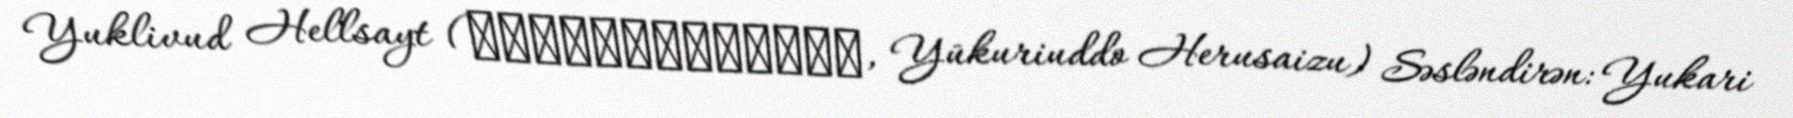
Yuklivud Hellsayt (ユークリウッド・ヘルサイズ, Yūkuriuddo Herusaizu) Səsləndirən: Yukari